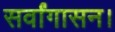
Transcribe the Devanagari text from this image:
सर्वांगासन।